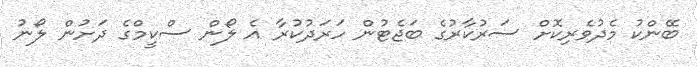
ބޭންކު މެދުވެރިކޮށް ސަރުކާރުގެ ބަޖެޓުން ހަރަދުކުރާ އެ ލޯން ސްކީމްގެ ދަށުން ލޯނު